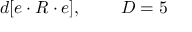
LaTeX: d [ e \cdot R \cdot e ] , \; \; \; \; \; \; \; \; D = 5